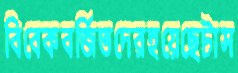
বিবেকবর্জিতদেরহয়েছেটাস